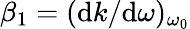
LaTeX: \beta_{1}=(\mathrm{d}k/\mathrm{d}\omega)_{\omega_{0}}